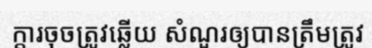
ក្តារចុចត្រូវឆ្លើយ សំណួរឲ្យបានត្រឹមត្រូវ